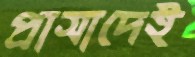
প্রাসাদেই